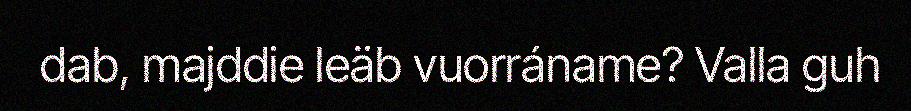
dab, majddie leäb vuorráname? Valla guh